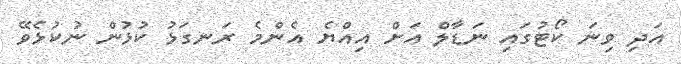
އަދި ވިނަ ކޯޓުގައި ނަޑާލް އަށް އިއްޔެ އެންމެ ރަނގަޅު ކުޅުން ނުކުޅެވޭ